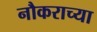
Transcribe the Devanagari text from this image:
नौकराच्या